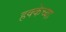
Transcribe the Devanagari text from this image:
हक्केच्या